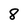
Character: 8